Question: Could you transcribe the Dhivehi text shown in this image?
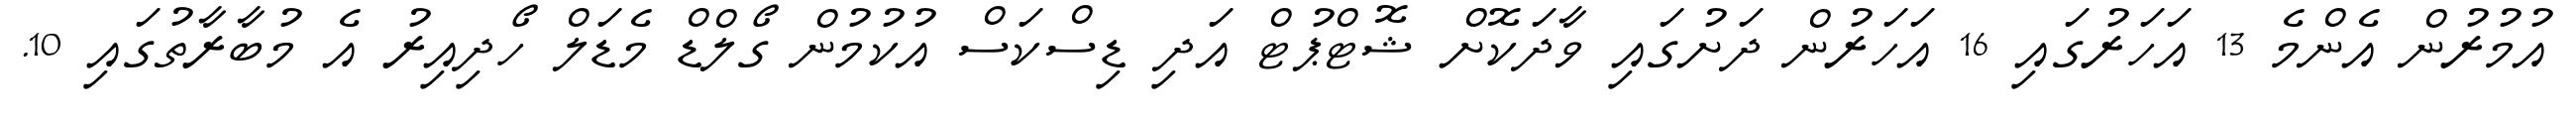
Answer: އުމުރުން އެންމެ 13 އަހަރުގައި 16 އަހަރުން ދަށުގައި ވާދަކޮށް ޝޮޓްޕުޓް އަދި ޑިސްކަސް އުކުމުން ގޯލްޑް މެޑަލް ހޯދިއިރު އެ މުބާރާތުގައި 10.